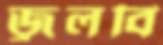
জ্বলবি